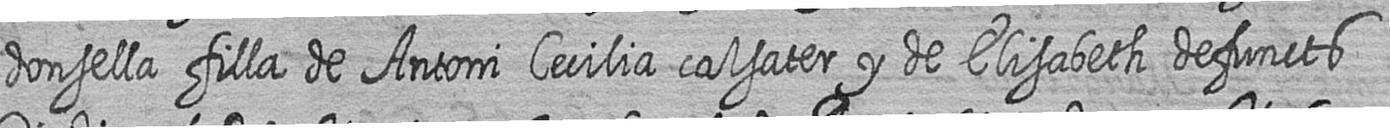
donsella filla de Antoni Cecilia calsater y de Elisabeth defuncts